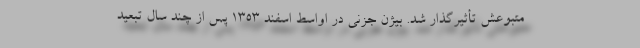
متبوعش تأثیرگذار شد. بیژن جزنی در اواسط اسفند ۱۳۵۳ پس از چند سال تبعید